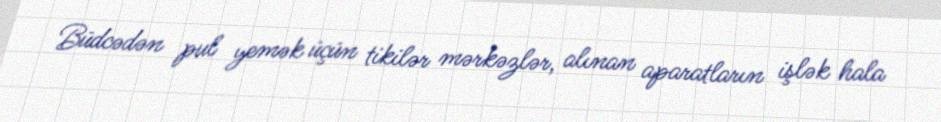
Büdcədən pul yemək üçün tikilər mərkəzlər, alınan aparatların işlək hala